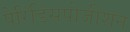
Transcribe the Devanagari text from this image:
पेरिडिसपोजीशन